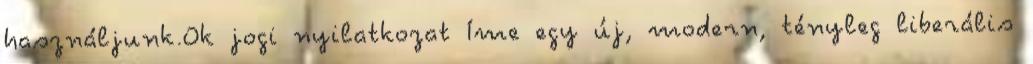
használjunk.Ok jogi nyilatkozat Íme egy új, modern, tényleg liberális